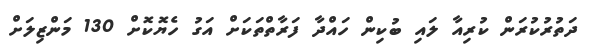
ދަތުރުކުރަން ކުރިއާ ލައިި ބުކިން ހައްދާ ފަރާތްތަކަށް އަގު ހެޔޮކޮށް 130 މަންޒިލަށް